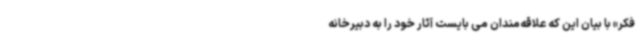
فکر» با بیان این که علاقه‌مندان می بایست آثار خود را به دبیرخانه